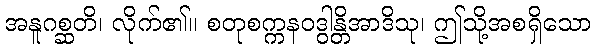
အနူဂစ္ဆတိ၊ လိုက်၏။ စတုစက္ကနဝဒွါန္တိအာဒိသု၊ ဤသို့အစရှိသော